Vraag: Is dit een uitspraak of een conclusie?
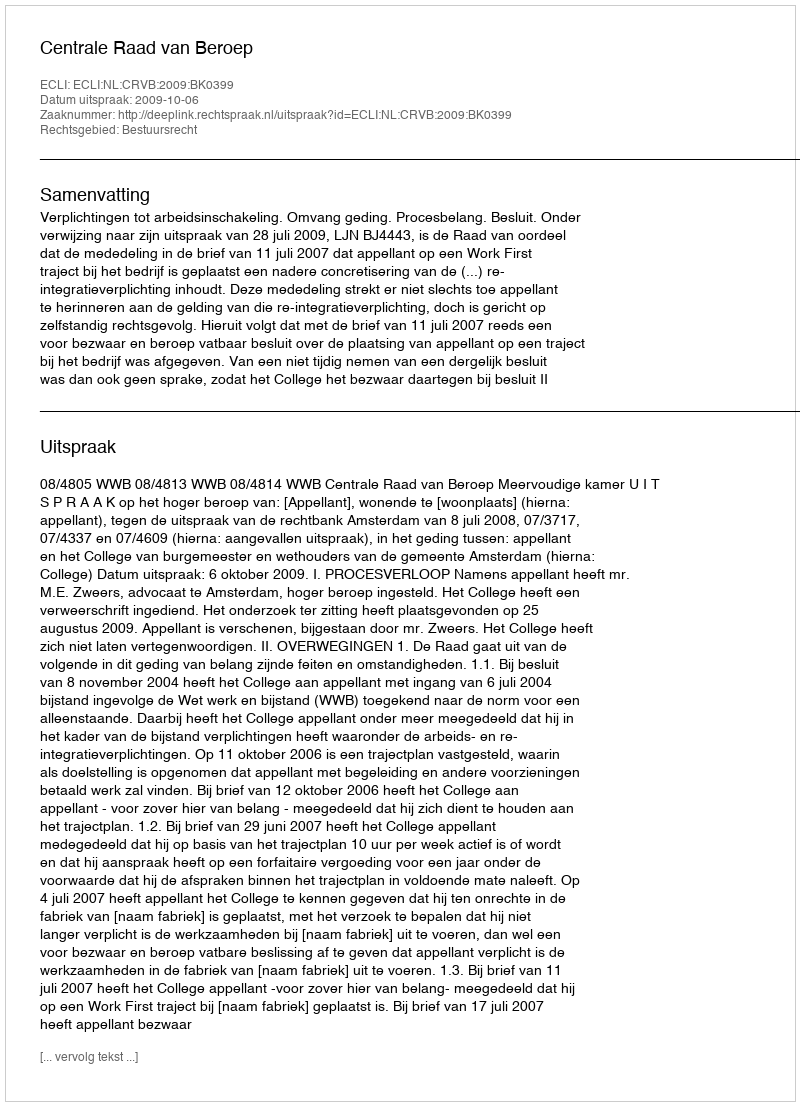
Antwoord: Uitspraak